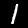
Label: 1